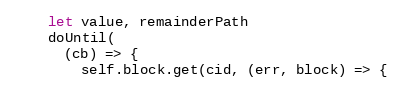
Language: JavaScript
    let value, remainderPath
    doUntil(
      (cb) => {
        self.block.get(cid, (err, block) => {